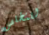
للتخلص